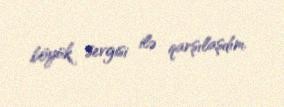
böyük sevgisi ilə qarşılaşdım.